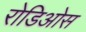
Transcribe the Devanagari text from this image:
रोडिओस